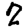
Digit: 2